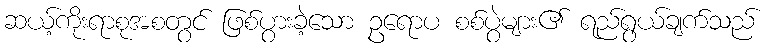
ဆယ့်ကိုးရာစုအစတွင် ဖြစ်ပွားခဲ့သော ဥရောပ စစ်ပွဲများ၏ ရည်ရွယ်ချက်သည်